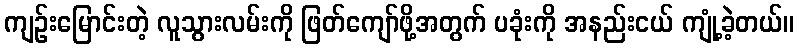
ကျဉ်းမြောင်းတဲ့ လူသွားလမ်းကို ဖြတ်ကျော်ဖို့အတွက် ပခုံးကို အနည်းငယ် ကျုံ့ခဲ့တယ်။